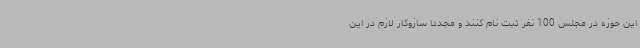
این حوزه در مجلس 100 نفر ثبت نام کنند و مجددا سازوکار لازم در این